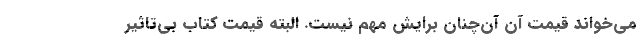
می‌خواند قیمت آن آن‌چنان برایش مهم نیست. البته قیمت کتاب بی‌تاثیر